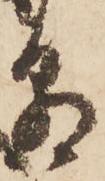
朝